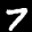
Label: 7